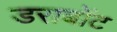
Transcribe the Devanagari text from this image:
डराबोंट